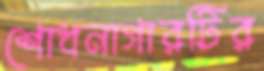
শোধনাগারটির